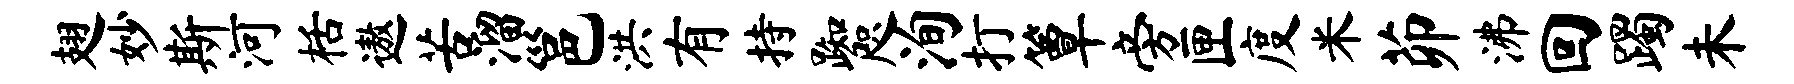
翅妙斯河栝遨苦溜邕洪有持踟咫洵打簟旁匣度米茆沸回躅未